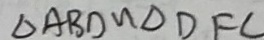
\Delta A B D \sim \Delta D F C